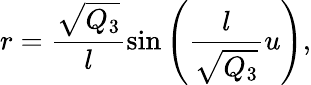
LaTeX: r=\frac{\sqrt{Q_{3}}}{l}\sin\left(\frac{l}{\sqrt{Q_{3}}}u\right),